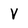
Character: V